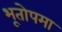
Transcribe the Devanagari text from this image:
भूतोपमा